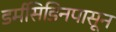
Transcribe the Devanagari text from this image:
डर्मसिडिनपासून